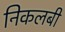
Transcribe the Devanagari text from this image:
निकलबी